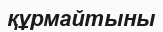
құрмайтыны